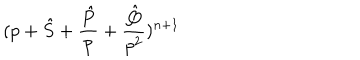
( p + { \hat { S } } + \frac { \hat { P } } { p } + \frac { \hat { Q } } { p ^ { 2 } } ) ^ { n + 1 }